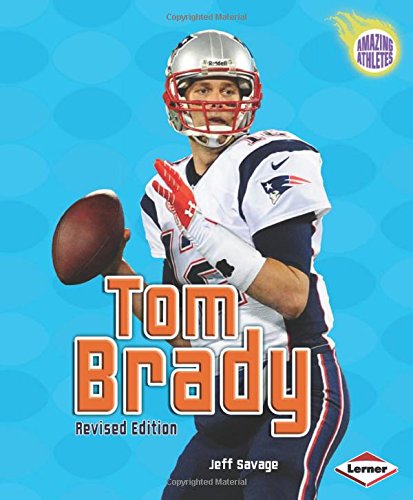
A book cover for Tom Brady (Amazing Athletes); Jeff Savage; Children's Books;